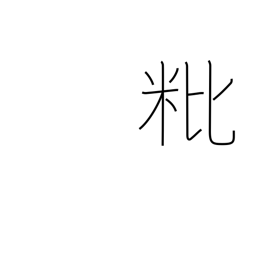
Meaning: empty grain husk